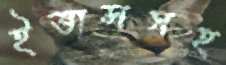
ইভান্সসহ